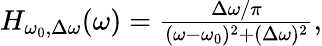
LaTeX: \begin{array}{r}{H_{\omega_{0},\Delta\omega}(\omega)=\frac{\Delta\omega/\pi}{(\omega-\omega_{0})^{2}+(\Delta\omega)^{2}},}\end{array}